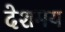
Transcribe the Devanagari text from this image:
देशमय